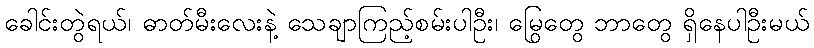
ခေါင်းတွဲရယ်၊ ဓာတ်မီးလေးနဲ့ သေချာကြည့်စမ်းပါဦး၊ မြွေတွေ ဘာတွေ ရှိနေပါဦးမယ်